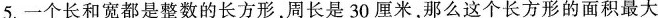
5.一个长和宽都是整数的长方形，周长是30厘米，那么这个长方形的面积最大